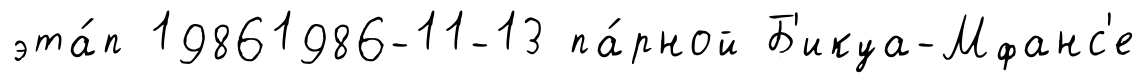
эта́п 19861986-11-13 па́рной Б'икуа-Мфанс'е